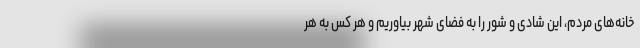
خانه‌های مردم، این شادی و شور را به فضای شهر بیاوریم و هر کس به هر